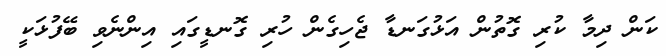
ކަން ދިމާ ކުރި ގޮތުން އަޅުގަނޑާ ޖެހިގެން ހުރި ގޮނޑީގައި އިންނެވި ބޭފުޅަކީ